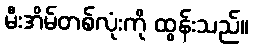
မီးအိမ်တစ်လုံးကို ထွန်းသည်။